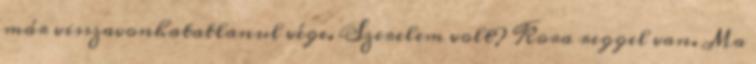
már visszavonhatatlanul vége. Szerelem volt? Kora reggel van. Ma